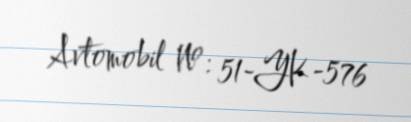
Avtomobil №: 51-YK-576